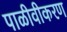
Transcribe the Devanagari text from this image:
पाळीवीकरण